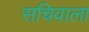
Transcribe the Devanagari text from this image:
सचिवाला